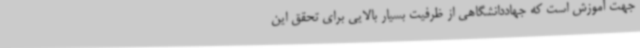
جهت آموزش است که جهاددانشگاهی از ظرفیت بسیار بالایی برای تحقق این